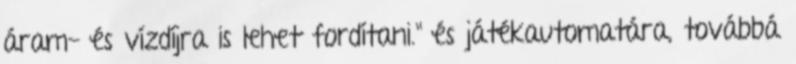
áram- és vízdíjra is lehet fordítani." és játékautomatára, továbbá